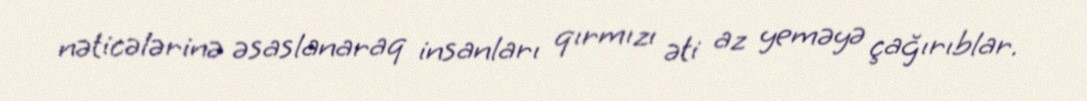
nəticələrinə əsaslanaraq insanları qırmızı əti az yeməyə çağırıblar.